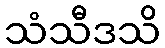
သံသီဒသိ